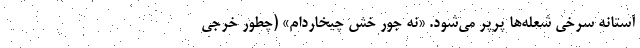
آستانه سرخي شعله‌ها پرپر مي‌شود. «نه جور خش چيخاردام» (چطور خرجي